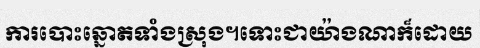
ការបោះឆ្នោតទាំងស្រុង។ទោះជាយ៉ាងណាក៏ដោយ